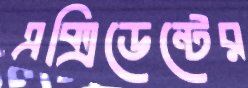
এক্সিডেন্টের